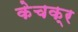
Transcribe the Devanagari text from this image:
केचक्र